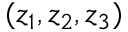
( z _ { 1 } , z _ { 2 } , z _ { 3 } )